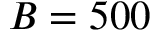
B = 5 0 0